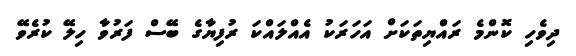
ދިވެހި ކޮންމެ ރައްޔިތަކަށް އަހަރަކު އެއްލައްކަ ރުފިޔާގެ ބޭސް ފަރުވާ ހިލޭ ކުރެވޭ